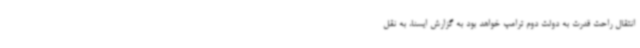
انتقال راحت قدرت به دولت دوم ترامپ خواهد بود به گزارش ایسنا، به نقل